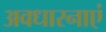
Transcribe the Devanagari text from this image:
अवधारनाएं